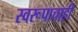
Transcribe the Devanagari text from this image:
स्वरूपाचाही